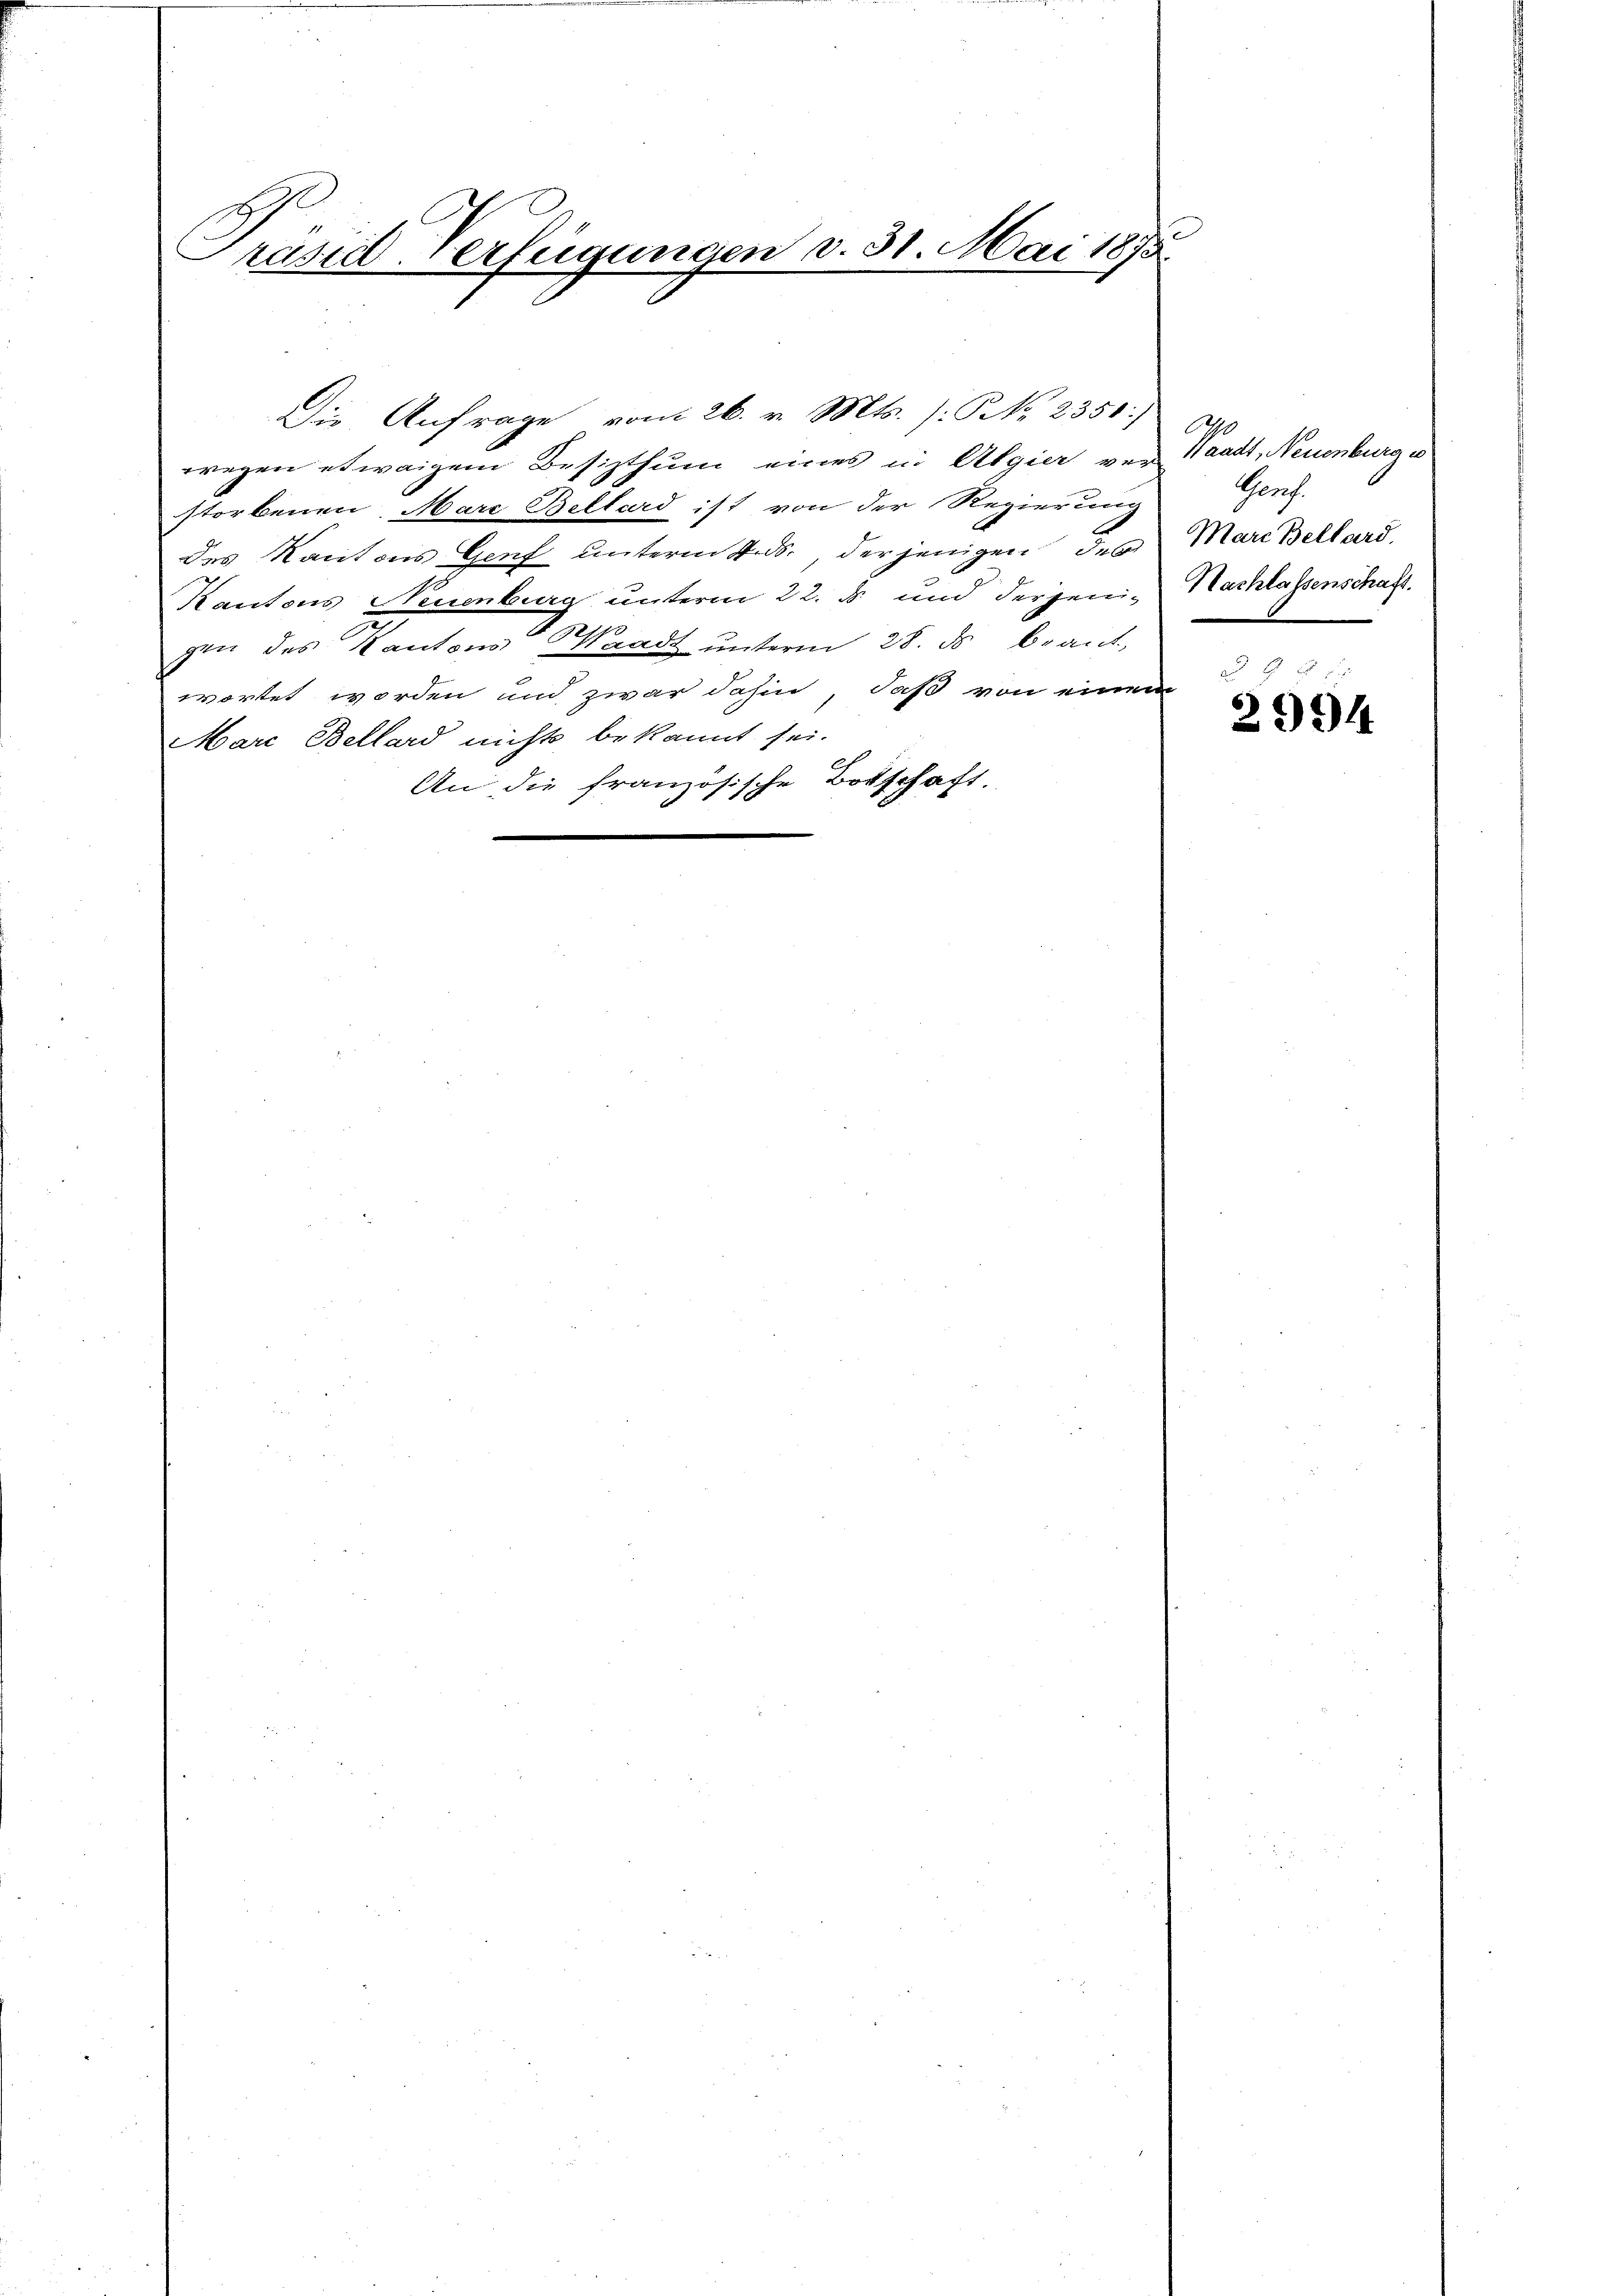
Präsid-Verfügungen v. 31 Mai 1873.
.

wegen etwaigem Besizthum eines in Algier ver-
storbenen Marc Bellard ist von der Regierung
des Kantons Genf unterm 2. ds., der jenigen des
Kantons Neuenburg unterm 22. ds und derjeni¬
190
gen des Kantons Waadt unterm 28. ds Braut,
wortet worden und zwar dahin, daß von einem
Mare Bellard nichts bekannt sei.
An die französische Botschaft.

Die Anfrage vom 26. v. Mts. (: No 2351:

O
Waadt, Neuenburg u
Gerf.
Mare Bellard.
Nachlassenschaft.

2994